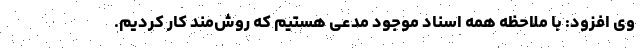
وی افزود: با ملاحظه همه اسناد موجود مدعی هستیم که روش‌مند کار کردیم.